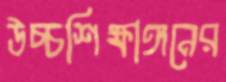
উচ্চশিক্ষাঙ্গনের